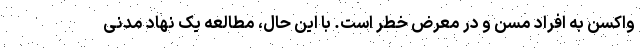
واکسن به افراد مسن و در معرض خطر است. با این حال، مطالعه یک نهاد مدنی